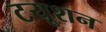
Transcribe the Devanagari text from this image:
टयूशन